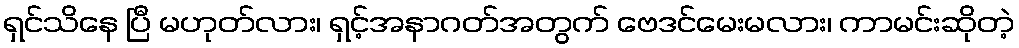
ရှင်သိနေ ပြီ မဟုတ်လား၊ ရှင့်အနာဂတ်အတွက် ဗေဒင်မေးမလား၊ ကာမင်းဆိုတဲ့